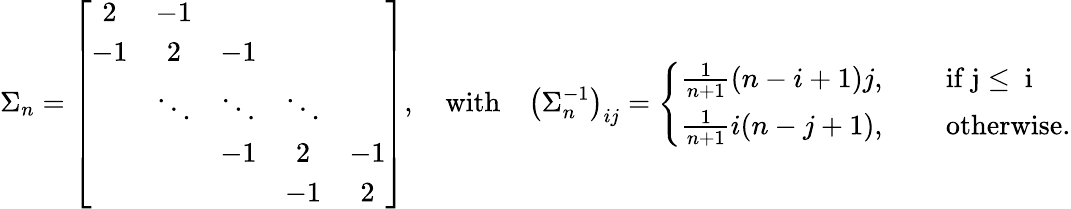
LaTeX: \Sigma_{n}=\left[\begin{array}{ccccc}{2}&{-1}&&&\\ {-1}&{2}&{-1}&&\\ &{\ddots}&{\ddots}&{\ddots}&\\ &&{-1}&{2}&{-1}\\ &&&{-1}&{2}\end{array}\right],\quad\mathrm{with}\quad\left(\Sigma_{n}^{-1}\right)_{ij}=\left\{ \begin{array}{lcl}{\frac{1}{n+1}(n-i+1)j,}&&{\mathrm{~if~j\leq~i~}}\\ {\frac{1}{n+1}i(n-j+1),}&&{\mathrm{~otherwise.}}\end{array}\right.